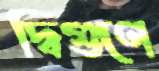
দ্বিগুণে